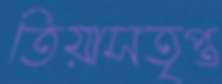
তিয়াসতৃপ্ত